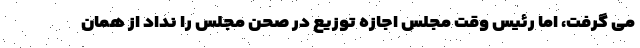
می گرفت، اما رئیس وقت مجلس اجازه توزیع در صحن مجلس را نداد از همان